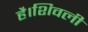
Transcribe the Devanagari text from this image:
है।शिवली